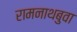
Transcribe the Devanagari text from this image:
रामनाथबुवा